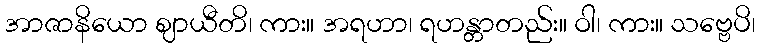
အာဇာနိယော ဈာယီတိ၊ ကား။ အရဟာ၊ ရဟန္တာတည်း။ ဝါ၊ ကား။ သဗ္ဗေပိ၊